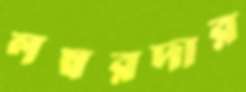
লম্বরদার